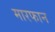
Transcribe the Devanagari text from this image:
मारफान